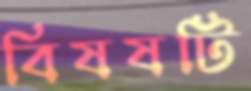
বিষষটি